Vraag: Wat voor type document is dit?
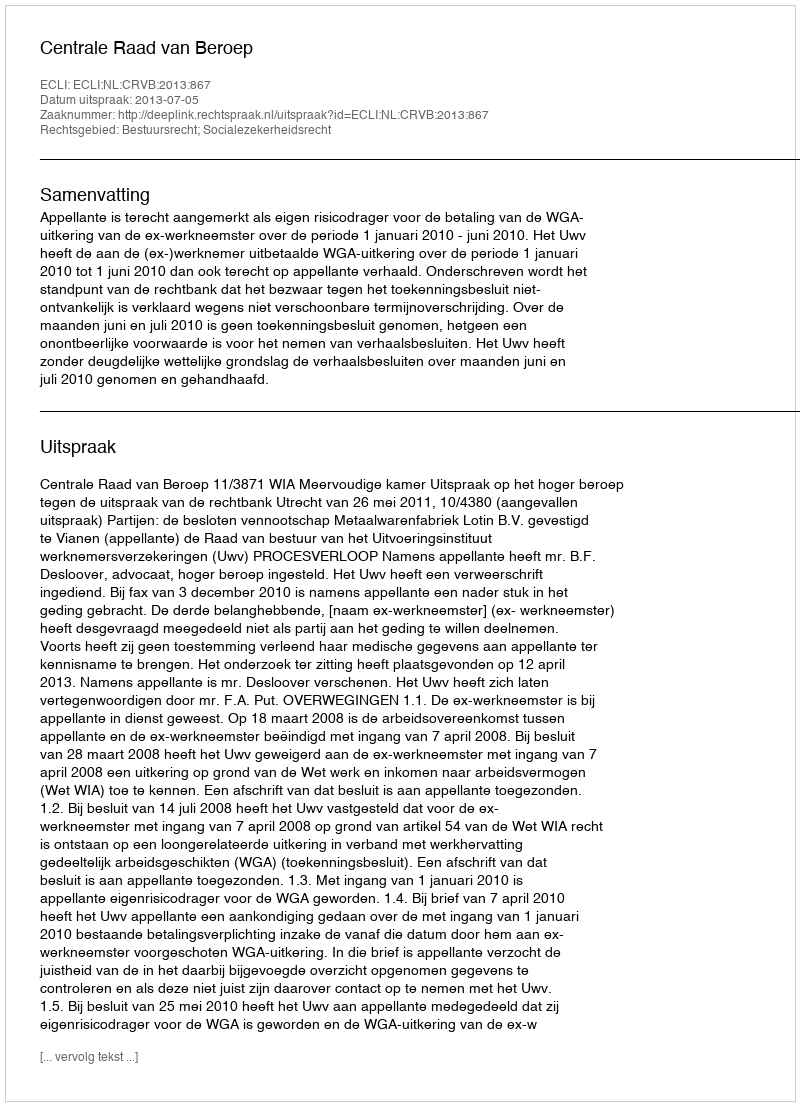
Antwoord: Uitspraak